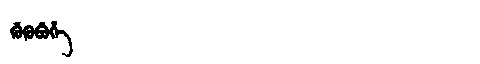
Manchu: ᡤᡠᡴᡠᠪᡠᡥᡝ
Romanization: GUKUBUHE